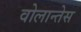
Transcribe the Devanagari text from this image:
वोलान्तेस